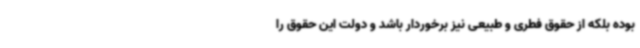
بوده بلکه از حقوق فطری و طبیعی نیز برخوردار باشد و دولت این حقوق را